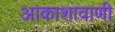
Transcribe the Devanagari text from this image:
आकाशावाणी